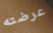
عرضته